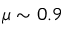
\mu \sim 0 . 9